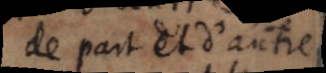
de part et d’autre